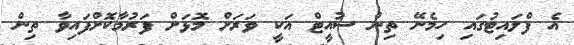
އެ ފްލައިޓުގައި ހިމެނޭ ތިން ސުއީޓް އަކީ ވަރަށް މޮޅަށް ފަރުމާކޮށްފައިވާ ތިން